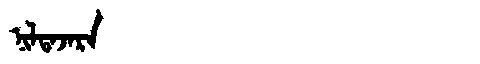
Manchu: ᠨᡳᠯᡨᠠᠵᠠᡵᠠ
Romanization: NILTAJARA